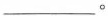
___。